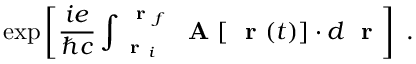
\exp \left[ \frac { i e } { \hbar c } \int _ { \mathrm { ~ \bf ~ r ~ } _ { i } } ^ { \mathrm { ~ \bf ~ r ~ } _ { f } } \mathrm { ~ \bf ~ A ~ } [ \mathrm { ~ \bf ~ r ~ } ( t ) ] \cdot d \mathrm { ~ \bf ~ r ~ } \right] \; .